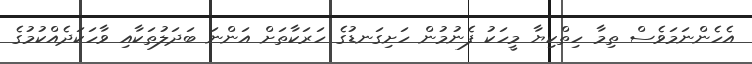
އެހެންނަމަވެސް ތިމާ ހިތްކިޔާ މީހަކު ފެނުމުން ހަށިގަނޑުގެ ހަރަކާތަށް އަންނަ ބަދަލުތަކާއި ވާހަކަދެއްކުމުގެ